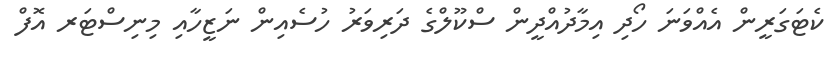
ކެޓަގަރީން އެއްވަނަ ހޯދި އިމާދުއްދީން ސްކޫލްގެ ދަރިވަރު ހުސެއިން ނަޒީހާއި މިނިސްޓަރ އޮފް